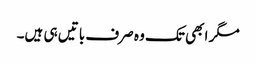
مگر ابھی تک وہ صرف باتیں ہی ہیں۔